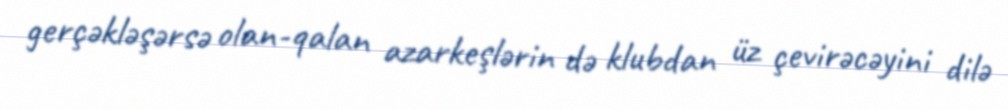
gerçəkləşərsə olan-qalan azarkeşlərin də klubdan üz çevirəcəyini dilə